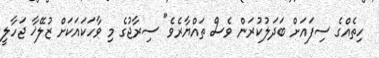
ހިތެއްގެ ސިފައަށް ބަދަލުކުރަން ވެސް ތައްޔާރެވެ" ސިރާޖުގެ މި ވާހަކައަަކަށް ޒުލޭޚާ ޖަހާލީ